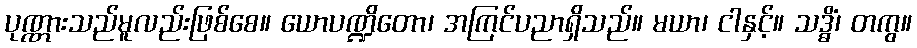
ပုဏ္ဏားသည်မူလည်းဖြစ်စေ။ ယောပဏ္ဍိတော၊ အကြင်ပညာရှိသည်။ မယာ၊ ငါနှင့်။ သဒ္ဓိံ၊ တကွ။